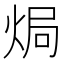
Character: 焗